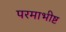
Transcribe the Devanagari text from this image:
परमाभीष्ट